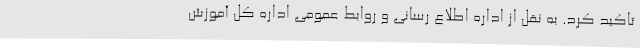
تاکید کرد. به نقل از اداره اطلاع رسانی و روابط عمومی اداره کل آموزش